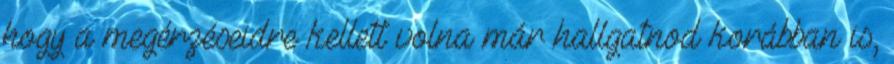
hogy a megérzéseidre kellett volna már hallgatnod korábban is,